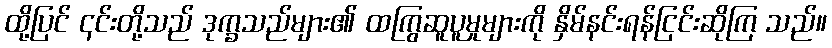
ထို့ပြင် ၎င်းတို့သည် ဒုက္ခသည်များ၏ ထကြွဆူပူမှုများကို နှိမ်နင်းရန်ငြင်းဆိုကြ သည်။